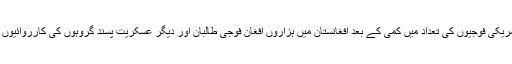
دسمبر 2014ء میں امریکی فوجیوں کی تعداد میں کمی کے بعد افغانستان میں ہزاروں افغان فوجی طالبان اور دیگر عسکریت پسند گروہوں کی کارروائیوں کا نشانہ بن چکے ہیں۔